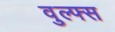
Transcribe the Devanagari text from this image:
वुल्फ्स